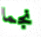
نجما